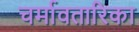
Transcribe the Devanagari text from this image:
चर्मावतारिका